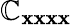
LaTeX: \mathbb{C}_{{\mathbf{x}}{\mathbf{x}}{\mathbf{x}}{\mathbf{x}}}